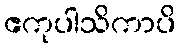
ဧကုပါသိကာပိ